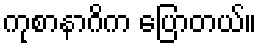
ကုစာနာဂိက ပြောတယ်။